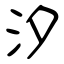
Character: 汐